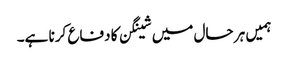
ہمیں ہر حال میں شینگن کا دفاع کرنا ہے۔